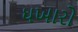
ધખારો